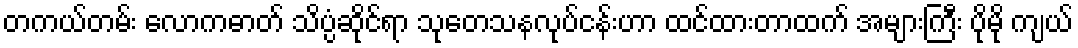
တကယ်တမ်း လောကဓာတ် သိပ္ပံဆိုင်ရာ သုတေသနလုပ်ငန်းဟာ ထင်ထားတာထက် အများကြီး ပိုမို ကျယ်